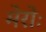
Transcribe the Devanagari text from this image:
मेरोः